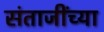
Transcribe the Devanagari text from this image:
संताजींच्या